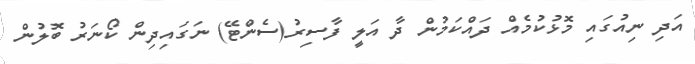
އަދި ނިއުގައި މޮޅުކުމެއް ދައްކަމުން ދާ އަލީ ފާސިރު(ސެންޓޭ) ނަގައިދިން ކޯނަރު ބޮލުން